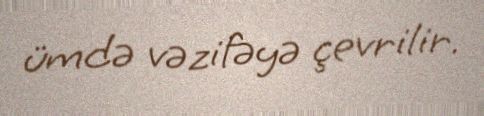
ümdə vəzifəyə çevrilir.